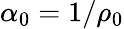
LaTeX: \alpha_{0}=1/\rho_{0}